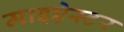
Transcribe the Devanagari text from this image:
माइऐस्टर